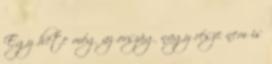
Egy hete még az ország nagy része nem is